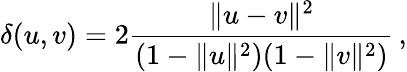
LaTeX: \delta(u,v)=2{\frac{\lVert u-v\rVert^{2}}{(1-\lVert u\rVert^{2})(1-\lVert v\rVert^{2})}}\, ,